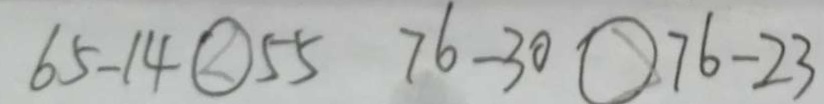
6 5 - 1 4 \textcircled { < } 5 5 7 6 - 3 0 \textcircled { > } 7 6 - 2 3